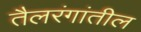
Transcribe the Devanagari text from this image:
तैलरंगांतील